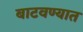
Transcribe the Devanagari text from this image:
बाटवण्यात